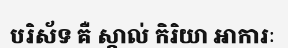
បរិស័ទ គឺ ស្គាល់ កិរិយា អាការៈ